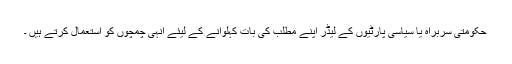
حکومتی سربراہ یا سیاسی پارٹیوں کے لیڈر اپنے مطلب کی بات کہلوانے کے لیئے انہی چمچوں کو استعمال کرتے ہیں ۔